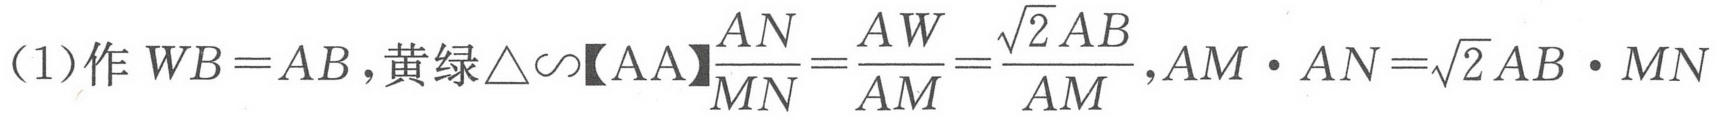
（1）作 \(WB = AB\)，黄绿\(\triangle\sim\)【AA】\(\frac{AN}{MN}=\frac{AW}{AM}=\frac{\sqrt{2}AB}{AM}\)，\(AM\cdot AN=\sqrt{2}AB\cdot MN\)